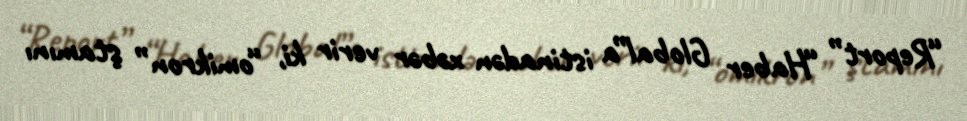
“Report” “Haber Global”a istinadən xəbər verir ki, “omikron” ştamını